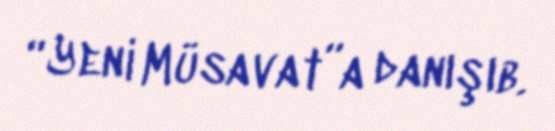
“Yeni Müsavat”a danışıb.